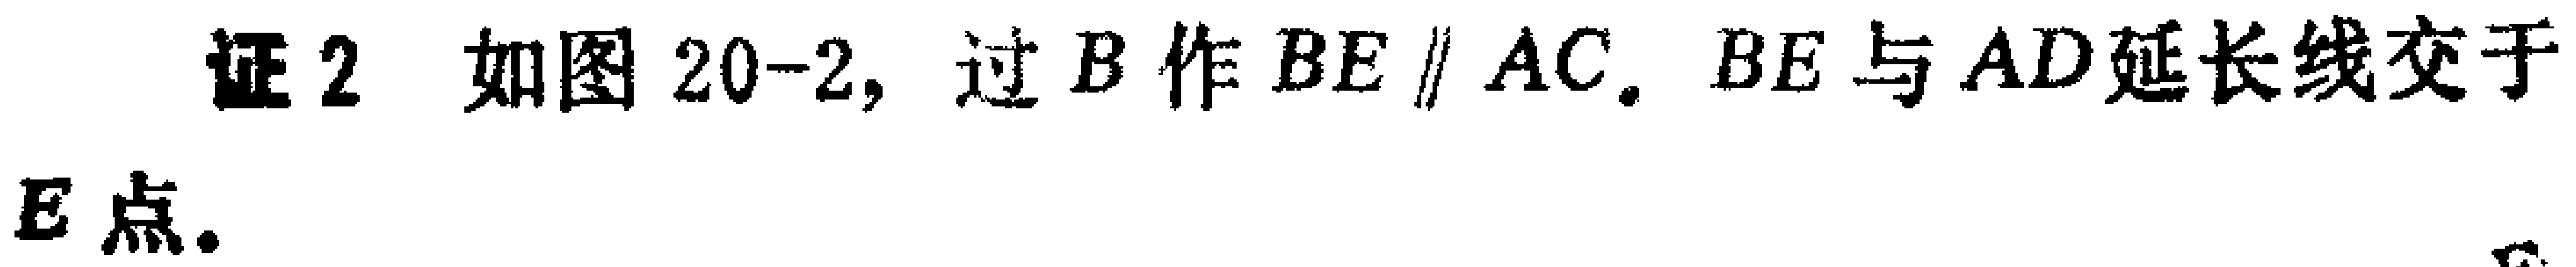
证2 如图20-2, 过\(B\)作\(BE \parallel AC\). \(BE\)与\(AD\)延长线交于\(E\)点.